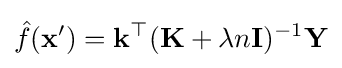
{\hat {f}}(\mathbf {x} ')=\mathbf {k} ^{\top }(\mathbf {K} +\lambda n\mathbf {I} )^{-1}\mathbf {Y}